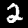
Digit: 2